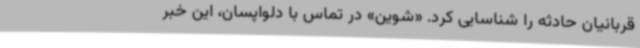
قربانیان حادثه را شناسایی کرد. «شوین» در تماس با دلواپسان، این خبر